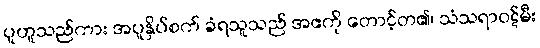
ပူဟူသည်ကား အပူနှိပ်စက် ခံရသူသည် အဧကို တောင့်တ၏၊ သံသရာဝဋ်မီး